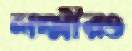
লক্ষ্মীরও